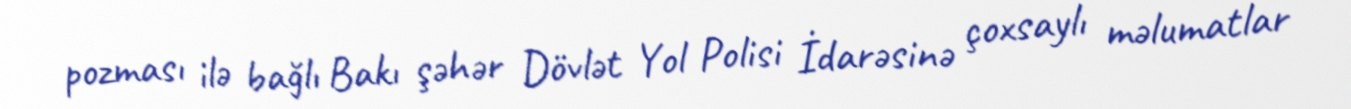
pozması ilə bağlı Bakı şəhər Dövlət Yol Polisi İdarəsinə çoxsaylı məlumatlar